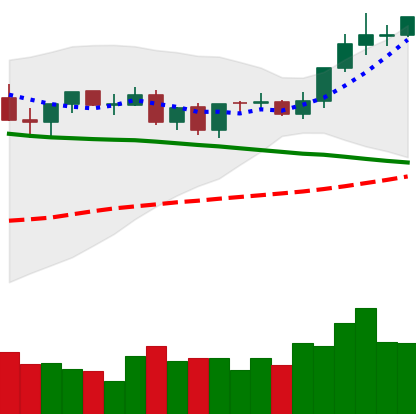
Ticker: TRX-USD
Chart end date: 2021-09-05
Forward return: -13.575%
Label: down_7plus